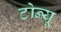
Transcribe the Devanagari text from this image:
टोन्यू